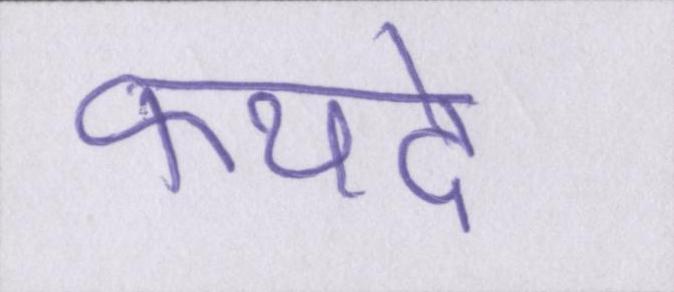
फयदे